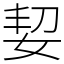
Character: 㛃